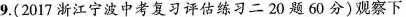
9.(2017浙江宁波中考复习评估练习二20题60分)观察下